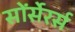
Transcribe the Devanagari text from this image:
सोंर्सेरर्स